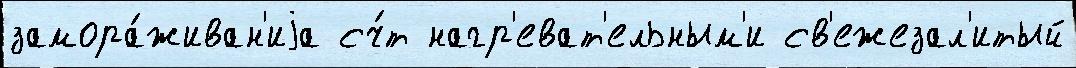
замора́живан'иjа сч́т нагр'еват'ельным'и св'ежезал'итый